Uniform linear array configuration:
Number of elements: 16
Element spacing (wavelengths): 1
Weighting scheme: cosine
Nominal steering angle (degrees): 30
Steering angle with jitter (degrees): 31.267
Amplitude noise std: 0.05
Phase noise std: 0.05

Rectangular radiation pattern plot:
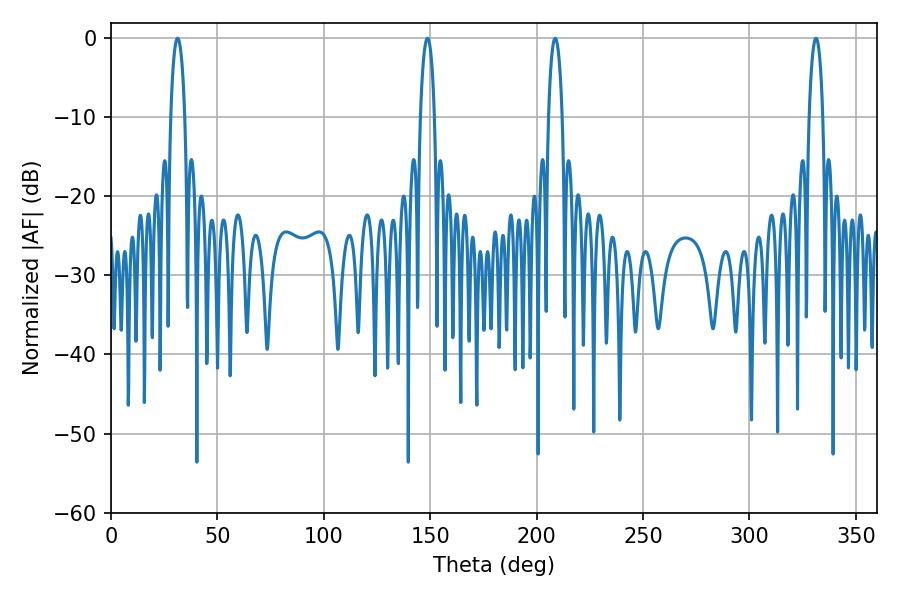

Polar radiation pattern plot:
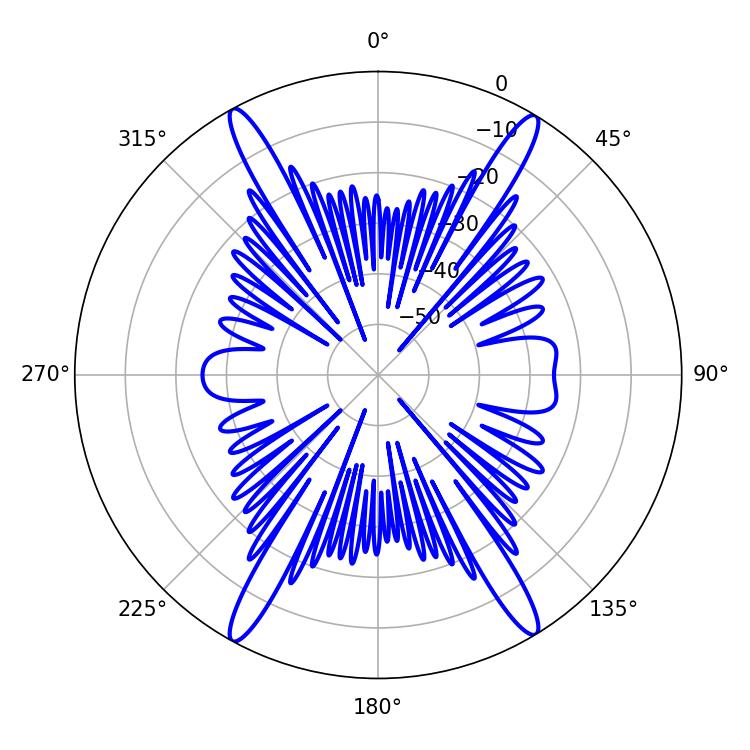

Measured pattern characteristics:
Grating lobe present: TRUE
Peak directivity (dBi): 23.764
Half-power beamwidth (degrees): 3.6
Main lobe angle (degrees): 31.32